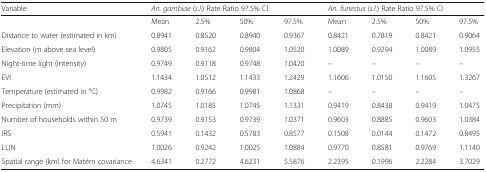
| Variable | <COLSPAN=4> An. gambiae (s.l.) Rate Ratio 97.5% CI | <COLSPAN=4> An. funestus (s.l.) Rate Ratio 97.5% CI |
 | --- | --- | --- | --- | --- | --- | --- | --- | --- |
 |  | Mean | 2.5% | 50% | 97.5% | Mean | 2.5% | 50% | 97.5% |
 | Distance to water (estimated in km) | 0.8941 | 0.8520 | 0.8940 | 0.9367 | 0.8421 | 0.7819 | 0.8421 | 0.9064 |
 | Elevation (m above sea level) | 0.9805 | 0.9162 | 0.9804 | 1.0520 | 1.0089 | 0.9294 | 1.0089 | 1.0955 |
 | Night-time light (intensity) | 0.9749 | 0.9118 | 0.9748 | 1.0420 | – | – | – | – |
 | EVI | 1.1434 | 1.0512 | 1.1433 | 1.2429 | 1.1606 | 1.0150 | 1.1605 | 1.3267 |
 | Temperature (estimated in °C) | 0.9982 | 0.9166 | 0.9981 | 1.0868 | – | – | – | – |
 | Precipitation (mm) | 1.0745 | 1.0185 | 1.0745 | 1.1331 | 0.9419 | 0.8438 | 0.9419 | 1.0475 |
 | Number of households within 50 m | 0.9739 | 0.9153 | 0.9739 | 1.0371 | 0.9603 | 0.8885 | 0.9603 | 1.0384 |
 | IRS | 0.5941 | 0.1432 | 0.5783 | 0.8577 | 0.1508 | 0.0144 | 0.1472 | 0.8495 |
 | LLIN | 1.0026 | 0.9242 | 1.0025 | 1.0884 | 0.9770 | 0.8581 | 0.9769 | 1.1140 |
 | Spatial range (km) for Matérn covariance | 4.6341 | 0.2772 | 4.6231 | 5.5876 | 2.2395 | 0.1996 | 2.2284 | 3.7029 |